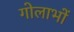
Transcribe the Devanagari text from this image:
गोलाभों